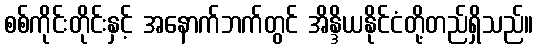
စစ်ကိုင်းတိုင်းနှင့် အနောက်ဘက်တွင် အိန္ဒိယနိုင်ငံတို့တည်ရှိသည်။